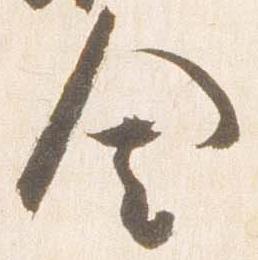
舎